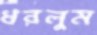
ধরলুম